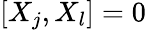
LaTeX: [X_{j},X_{l}]=0